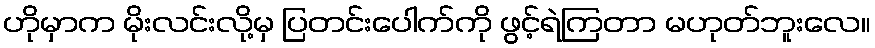
ဟိုမှာက မိုးလင်းလို့မှ ပြတင်းပေါက်ကို ဖွင့်ရဲကြတာ မဟုတ်ဘူးလေ။